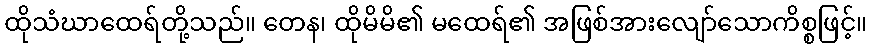
ထိုသံဃာထေရ်တို့သည်။ တေန၊ ထိုမိမိ၏ မထေရ်၏ အဖြစ်အားလျော်သောကိစ္စဖြင့်။